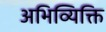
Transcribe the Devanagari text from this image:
अभिव्यिक्ति